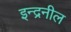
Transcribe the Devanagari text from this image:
इन्द्रनील